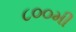
૮૦૦મી